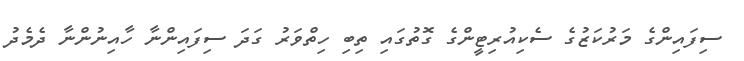
ސިފައިންގެ މަރުކަޒުގެ ސެކިއުރިޓީންގެ ގޮތުގައި ތިބި ހިތްވަރު ގަދަ ސިފައިންނާ ހާއިނުންނާ ދެމެދު